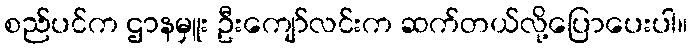
စည်ပင်က ဌာနမှူး ဦးကျော်လင်းက ဆက်တယ်လို့ပြောပေးပါ။